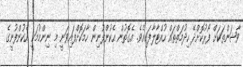
ވާޝަންތަކަށް ފޯރުކޮށްދޭ ހިދުމަތްތައް ހުއްޓާލާފައިއެވެ. އެގޮތުން އެކުންފުނިން ހާމަކޮށްފައިވަނީ މި ނިންމުމަކީ އެކުންފުނީގެ